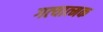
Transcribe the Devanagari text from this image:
गत्‍यात्‍मक